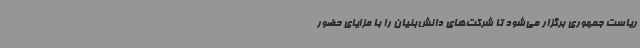
ریاست جمهوری برگزار می‌شود تا شرکت‌های دانش‌بنیان را با مزایای حضور